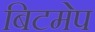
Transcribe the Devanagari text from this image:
बिटमेप